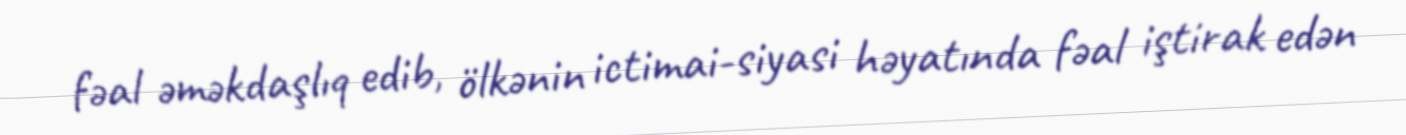
fəal əməkdaşlıq edib, ölkənin ictimai-siyasi həyatında fəal iştirak edən